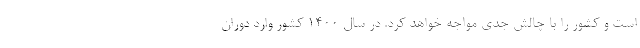
است و کشور را با چالش جدی مواجه خواهد کرد. در سال ۱۴۰۰ کشور وارد دوران